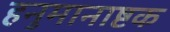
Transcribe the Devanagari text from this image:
हनुमानाष्टक